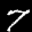
Label: 7